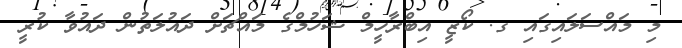
މި މައްސަލައިގައި ގ. ކޯޒީ އިބްރާހީމް ޝަހުމްގެ މައްޗަށް ދައުލަތުން ދައުވާ ކުރީ